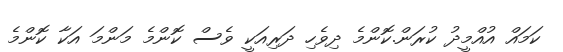
ކަމައް އުއްމީދު ކުރަން.ކޮންމެ ދިވެހި ދަރިއަކީ ވެސް ކޮންމެ މަންމަ އަކާ ކޮންމެ